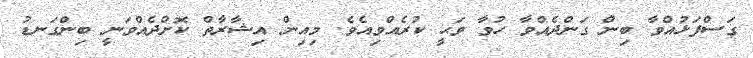
ގަސްފަޅުއްވާ ބިން ގަންދެއްވާ ހުވާ ވަޙީ ކުރެއްވިއެވެ. މިއިން އިޝާރާތް ކޮށްދެއްވަނީ ބިންގަނޑު